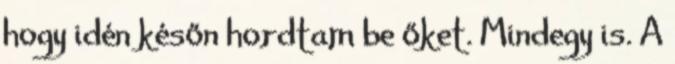
hogy idén későn hordtam be őket. Mindegy is. A